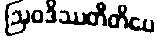
ဩဝဒိဿတီတိပေ